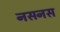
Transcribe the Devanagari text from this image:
नसनस